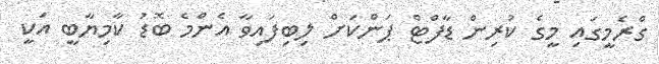
ގްރެމީގައި މީގެ ކުރިން ޑާފްޓް ޕަންކަށް ލިބިފައިވާ އެންމެ ބޮޑު ކާމިޔާބީ އަކީ